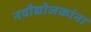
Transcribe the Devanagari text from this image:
नवौद्योजकांना